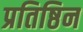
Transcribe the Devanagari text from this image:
प्रतिष्ठिन